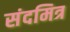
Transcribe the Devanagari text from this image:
संदमित्र